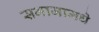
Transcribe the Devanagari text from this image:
समाजामधे